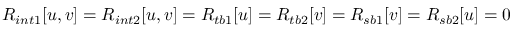
R _ { i n t 1 } [ u , v ] = R _ { i n t 2 } [ u , v ] = R _ { t b 1 } [ u ] = R _ { t b 2 } [ v ] = R _ { s b 1 } [ v ] = R _ { s b 2 } [ u ] = 0